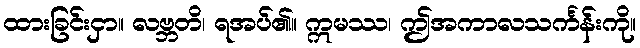
ထားခြင်းငှာ။ လဗ္ဘတိ၊ ရအပ်၏။ ဣမဿ၊ ဤအကာလသင်္ကန်းကို။